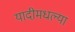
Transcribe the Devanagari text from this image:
यादीमधल्या